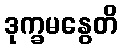
ဒုက္ခမနွေတိ